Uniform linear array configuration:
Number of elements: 8
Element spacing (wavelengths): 1
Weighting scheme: blackman
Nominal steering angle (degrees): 30
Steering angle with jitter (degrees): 31.483
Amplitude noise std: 0.05
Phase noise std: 0.05

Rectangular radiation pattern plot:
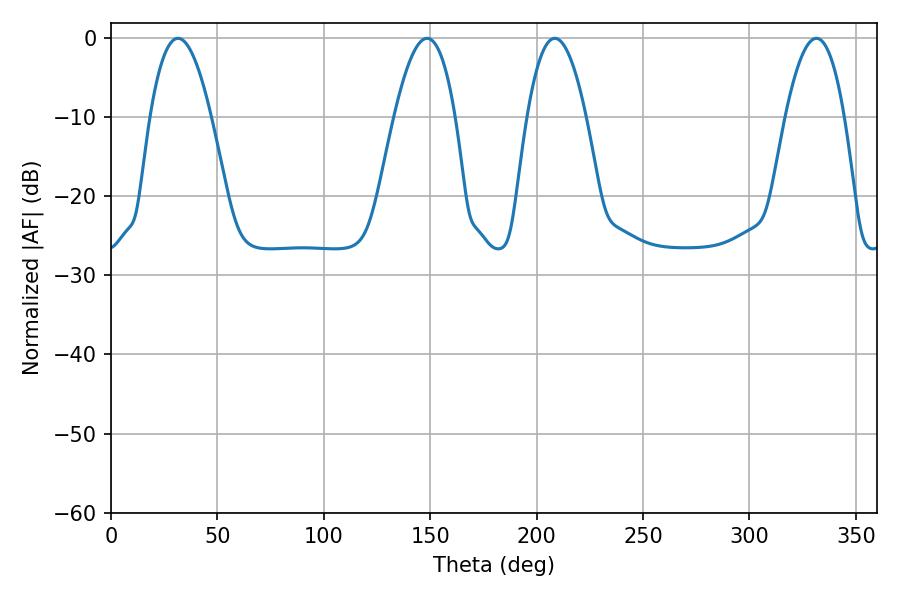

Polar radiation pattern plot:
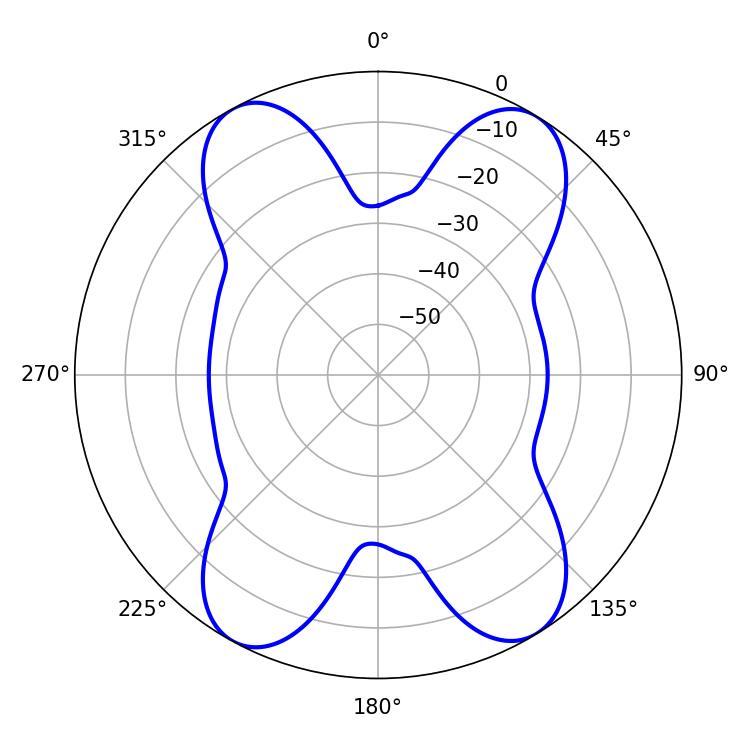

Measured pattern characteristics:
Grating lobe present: TRUE
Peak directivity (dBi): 17.348
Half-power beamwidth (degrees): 15.84
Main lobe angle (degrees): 31.5